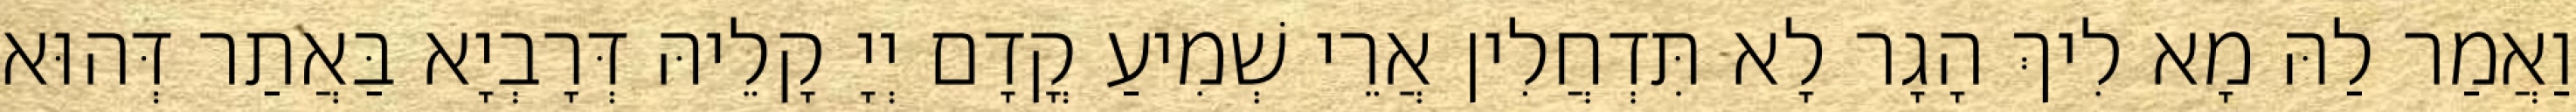
וַאֲמַר לַהּ מָא לִיךְ הָגָר לָא תִּדְחֲלִין אֲרֵי שְׁמִיעַ קֳדָם יְיָ קָלֵיהּ דְּרָבְיָא בַּאֲתַר דְּהוּא